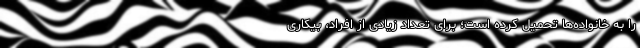
را به خانواده‌ها تحمیل کرده است؛ برای تعداد زیادی از افراد، بیکاری